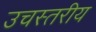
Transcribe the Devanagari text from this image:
उचस्तरीय